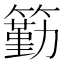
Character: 𥵚